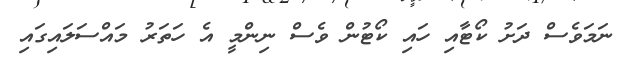
ނަމަވެސް ދަށު ކޯޓާއި ހައި ކޯޓުން ވެސް ނިންމީ އެ ހަތަރު މައްސަލައިގައި